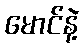
မောင်နဲ့